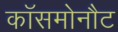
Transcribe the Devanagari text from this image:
कॉसमोनौट